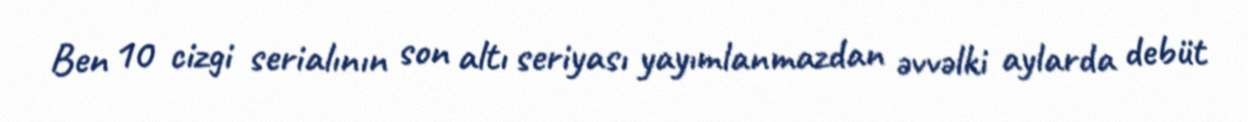
Ben 10 cizgi serialının son altı seriyası yayımlanmazdan əvvəlki aylarda debüt